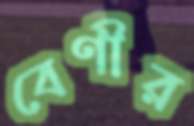
বেণীর